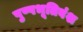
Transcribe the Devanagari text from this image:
पुष्पभूतिवंश